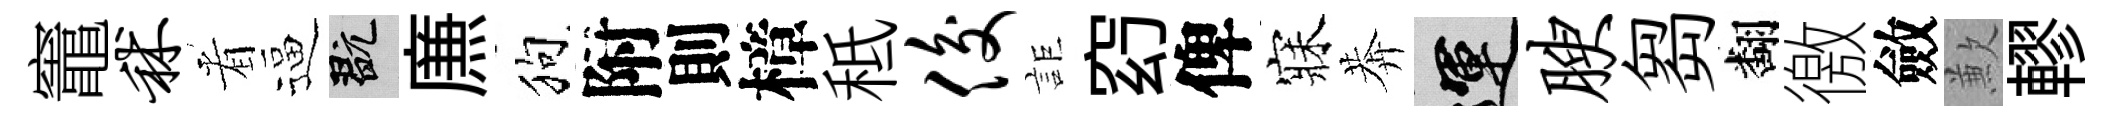
竈秫㸔逼玩㢘狗附則樟秪俊詎𥥆俾寐莾運腴芻翻徼斂歉轇